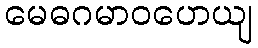
မေဓဂမာဝဟေယျ